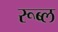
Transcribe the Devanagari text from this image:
रूब्ल